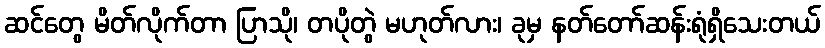
ဆင်တွေ မိတ်လိုက်တာ ပြာသို၊ တပိုတွဲ မဟုတ်လား၊ ခုမှ နတ်တော်ဆန်းရုံရှိသေးတယ်